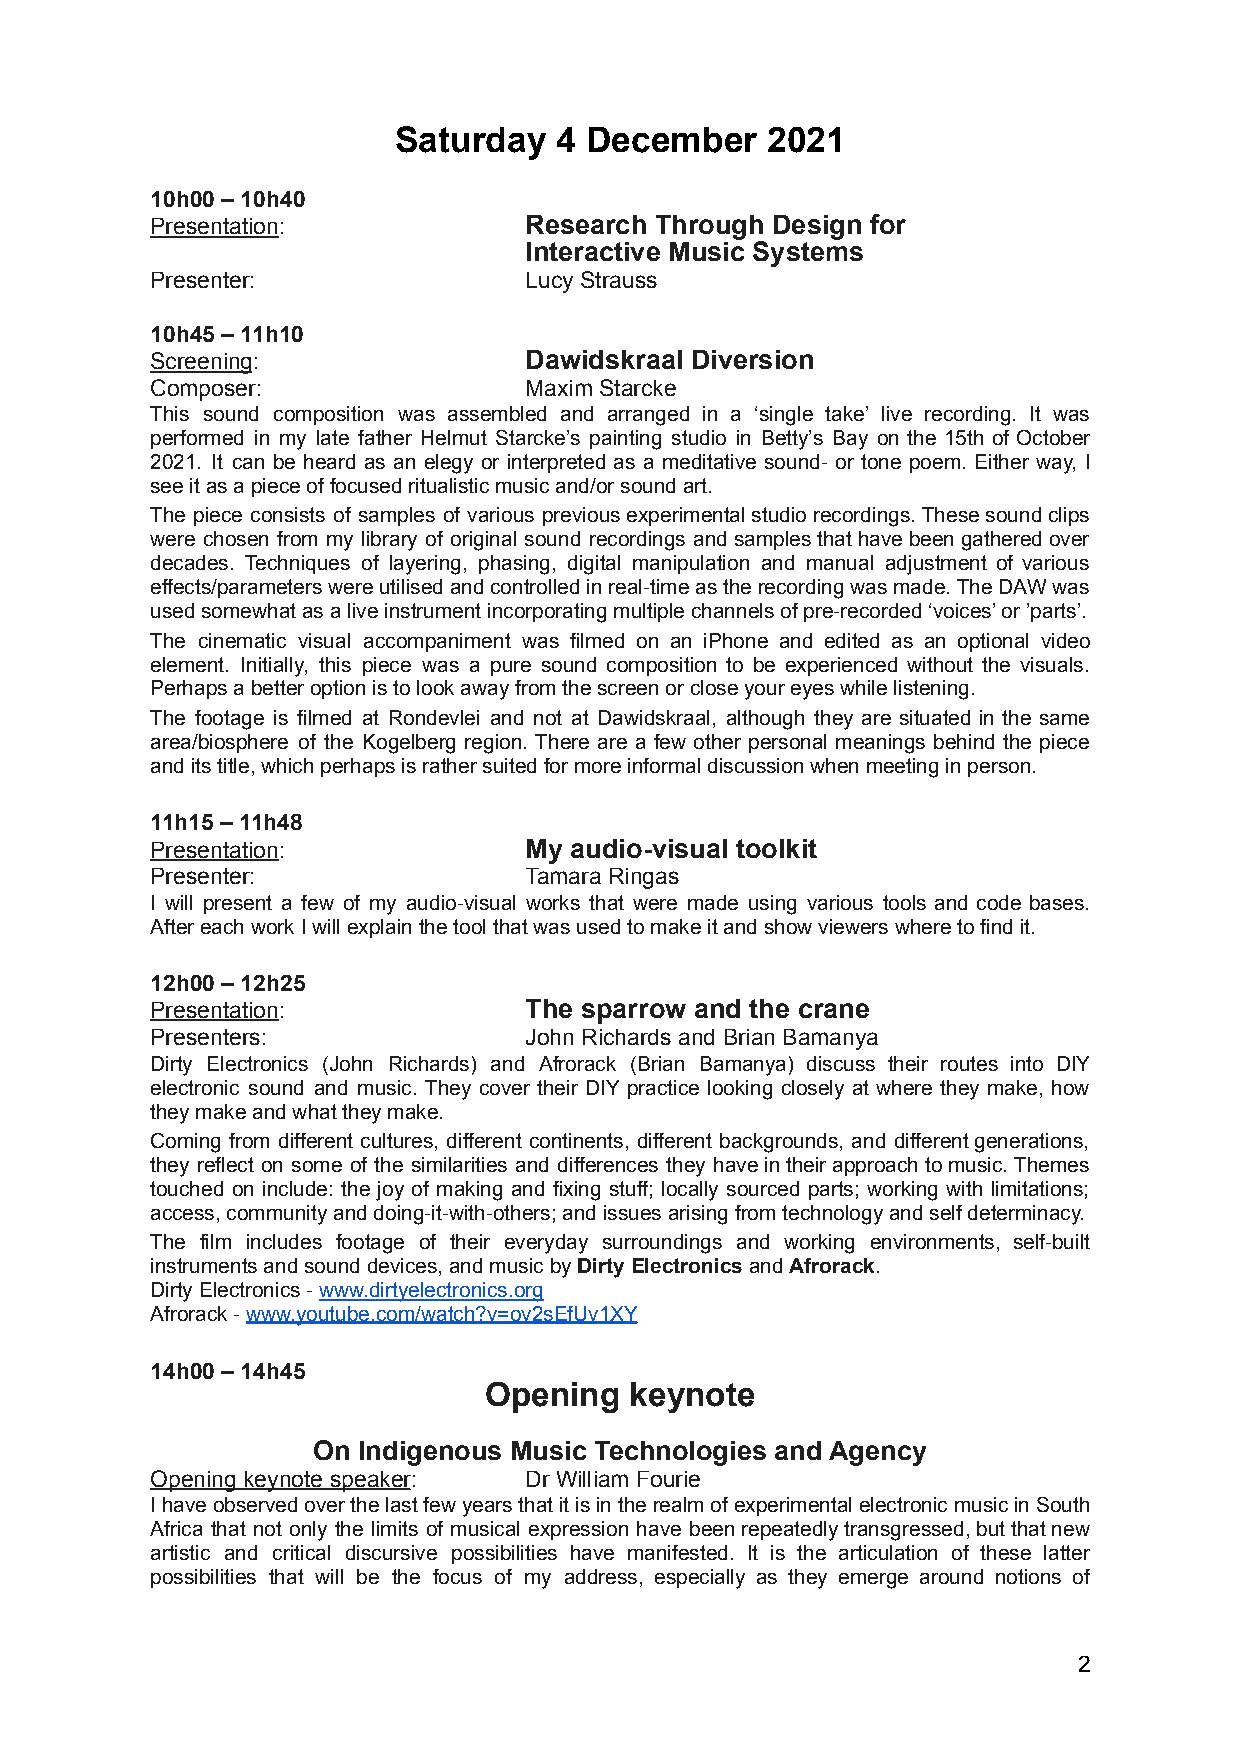
Saturday   4 December    2021
 10h00 – 10h40
 Presentation:            Research Through Design for
 Interactive Music Systems
 Presenter:               Lucy Strauss
 10h45 – 11h10
 Screening:               Dawidskraal Diversion
 Composer:                Maxim Starcke
 This sound composition was assembled and arranged in a ‘single take’ live recording. It was
 performed in my late father Helmut Starcke’s painting studio in Betty’s Bay on the 15th of October
 2021. It can be heard as an elegy or interpreted as a meditative sound- or tone poem. Either way, I
 see it as a piece of focused ritualistic music and/or sound art.
 The piece consists of samples of various previousexperimentalstudiorecordings.Thesesoundclips
 were chosen from my library of original sound recordings andsamplesthathavebeengatheredover
 decades. Techniques of layering, phasing, digital manipulation and manual adjustment of various
 effects/parameterswereutilisedandcontrolledinreal-timeastherecordingwasmade.TheDAWwas
 used somewhat as a live instrument incorporating multiple channels of pre-recorded ‘voices’ or ’parts’.
 The cinematic visual accompaniment was filmed on an iPhone and edited as an optional video
 element. Initially, this piece was a pure sound composition to be experienced without the visuals.
 Perhaps a better option is to look away from the screen or close your eyes while listening.
 The footage is filmed at Rondevlei and not at Dawidskraal, although they are situated in the same
 area/biosphere of the Kogelberg region. There are a few other personal meanings behind the piece
 and its title, which perhaps is rather suited for more informal discussion when meeting in person.
 11h15 – 11h48
 Presentation:            My audio-visual toolkit
 Presenter:               Tamara Ringas
 I will present a few of my audio-visual works that were made using various tools and code bases.
 After each work I will explain the tool that was used to make it and show viewers where to find it.
 12h00 – 12h25
 Presentation:            The sparrow and the crane
 Presenters:              John Richards and Brian Bamanya
 Dirty Electronics (John Richards) and Afrorack (Brian Bamanya) discuss their routes into DIY
 electronic sound and music. They cover their DIY practice looking closely at where they make, how
 they make and what they make.
 Coming from different cultures, different continents, different backgrounds, and differentgenerations,
 they reflect on some of the similarities and differences they haveintheirapproachtomusic.Themes
 touched on include: the joy of making and fixing stuff; locally sourced parts; working with limitations;
 access, community and doing-it-with-others; and issues arising from technology and self determinacy.
 The film includes footage of their everyday surroundings and working environments, self-built
 instruments and sound devices, and music byDirtyElectronicsandAfrorack.
 Dirty Electronics -www.dirtyelectronics.org
 Afrorack -www.youtube.com/watch?v=ov2sEfUv1XY
 14h00 – 14h45
 Opening   keynote
 On Indigenous Music Technologies and Agency
 Opening keynote speaker: Dr William Fourie
 IhaveobservedoverthelastfewyearsthatitisintherealmofexperimentalelectronicmusicinSouth
 Africa that not only the limits of musical expression have beenrepeatedlytransgressed,butthatnew
 artistic and critical discursive possibilities have manifested. It is the articulation of these latter
 possibilities that will be the focus of my address, especially as they emerge around notions of
 2